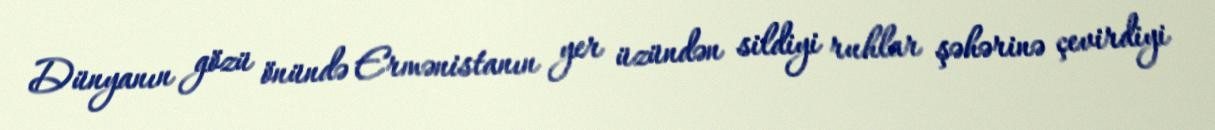
Dünyanın gözü önündə Ermənistanın yer üzündən sildiyi ruhlar şəhərinə çevirdiyi